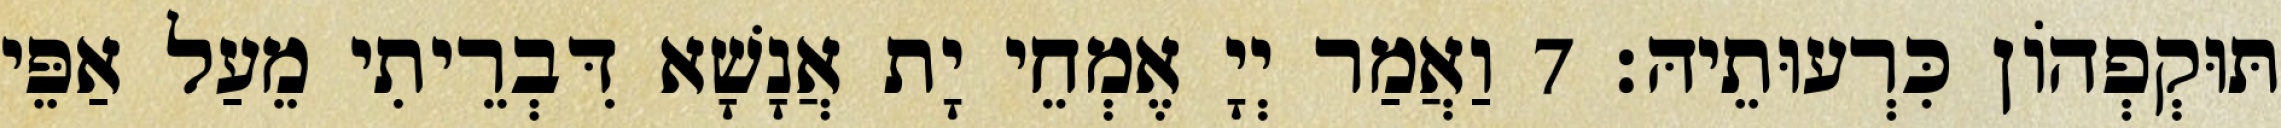
תּוּקְפְהוֹן כִּרְעוּתֵיהּ׃ 7 וַאֲמַר יְיָ אֶמְחֵי יָת אֲנָשָׁא דִּבְרֵיתִי מֵעַל אַפֵּי